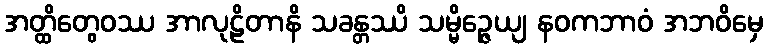
အတ္ထိတွေဝဿ အာလုဠိတာနိ သခန္တဿိ သမ္မိဉ္ဇေယျ နဝကဘာဝံ အဘဝိမှေ